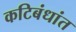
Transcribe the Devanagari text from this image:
कटिबंधांत